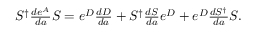
\begin{array} { r } { S ^ { \dagger } \frac { d e ^ { A } } { d a } S = e ^ { D } \frac { d D } { d a } + S ^ { \dagger } \frac { d S } { d a } e ^ { D } + e ^ { D } \frac { d S ^ { \dagger } } { d a } S . } \end{array}